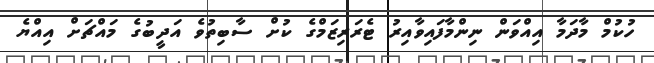
ހުކުމް މާދަމާ އިއްވަން ނިންމާފައިވާއިރު ޓެރަރިޒަމްގެ ކުށް ސާބިތުވެ އަދީބުގެ މައްޗަށް އިއްޔެ